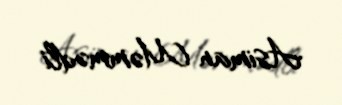
Asiman Məmmədli